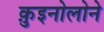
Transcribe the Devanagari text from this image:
क़ुइनोलोने